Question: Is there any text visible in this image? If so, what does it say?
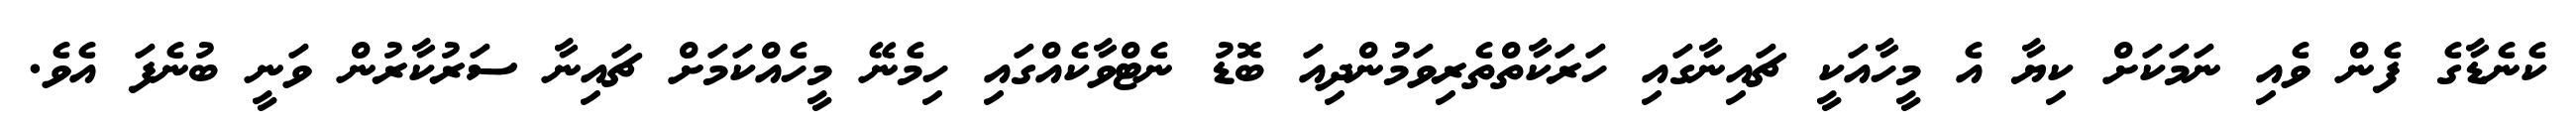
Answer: ކެނެޑާގެ ފެން ވެއި ނަމަކަށް ކިޔާ އެ މީހާއަކީ ޗައިނާގައި ހަރަކާތްތެރިވަމުންދިއަ ބޮޑު ނެޓްވާކެއްގައި ހިމެނޭ މީހެއްކަމަށް ޗައިނާ ސަރުކާރުން ވަނީ ބުނެފަ އެވެ.